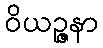
ဝိယဉ္ဇနာ